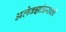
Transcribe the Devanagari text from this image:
अलेक्झांडराशी